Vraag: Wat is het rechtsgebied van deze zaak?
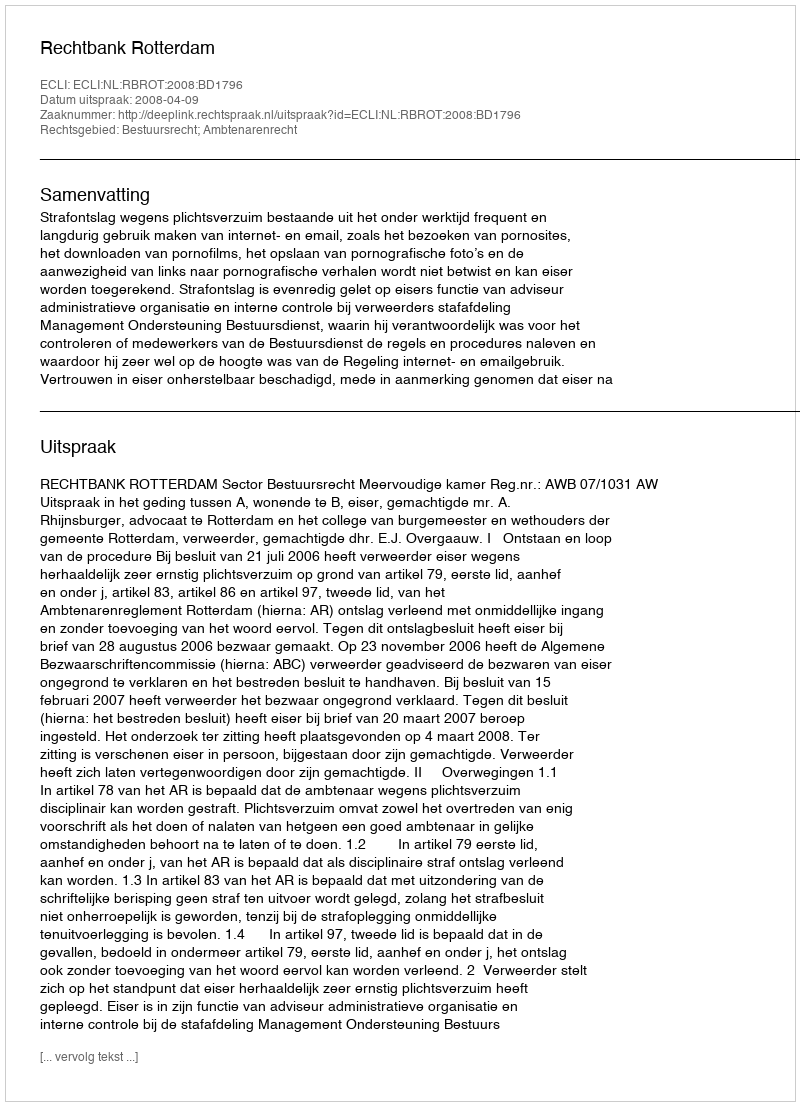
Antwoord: Bestuursrecht; Ambtenarenrecht